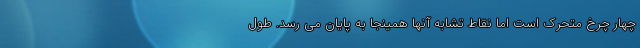
چهار چرخ متحرک است اما نقاط تشابه آنها همینجا به پایان می رسد. طول